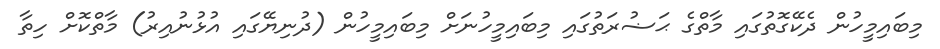
މިބައިމީހުން ދެކޭގޮތުގައި މާތްގެ ޙަޟުރަތުގައި މިބައިމީހުނަށް މިބައިމީހުން (ދުނިޔޭގައި އުޅުނުއިރު) މާތްކޮށް ހިތާ